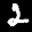
Label: 2